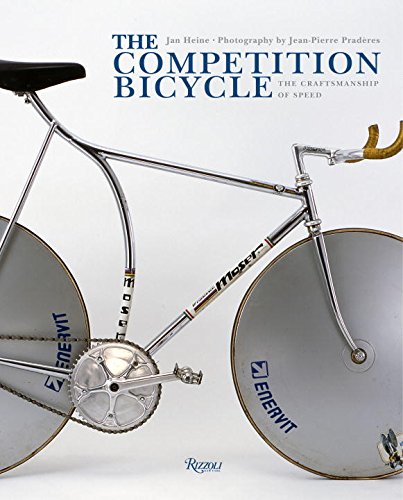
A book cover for The Competition Bicycle: The Craftsmanship of Speed; Jan Heine; Arts & Photography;